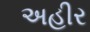
અહીર